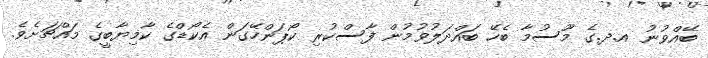
ބޭއްވުނު އ.ދ.ގެ މޫސުމާ ބެހޭ ބައްދަލުވުމުން ފާސްކުރި ކޯޕަންހޭގަން އެކޯޑްގެ ކާމިޔާބީގެ މައްޗަށެވެ.